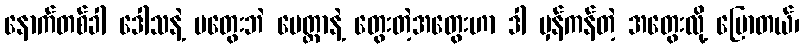
နောက်တစ်ခါ ဒေါသနဲ့ မတွေးဘဲ မေတ္တာနဲ့ တွေးတဲ့အတွေးဟာ ဒါ မှန်ကန်တဲ့ အတွေးလို့ ပြောတယ်၊